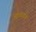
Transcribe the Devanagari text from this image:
आलाचक